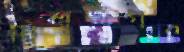
বিশ্বজগৎ